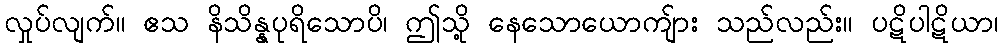
လှုပ်လျက်။ ဧသ နိသိန္နပုရိသောပိ၊ ဤသို့ နေသောယောကျ်ား သည်လည်း။ ပဋိပါဋိယာ၊